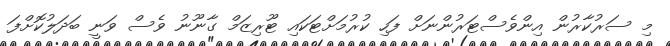
މި ސަރުކާރުން އިންވެސްޓަރުންނަށް ފަހި ކުރުމަށްޓަކައި ޓޫރިޒަމް ގާނޫނު ވެސް ވަނީ ބަދަލުކޮށްފަ